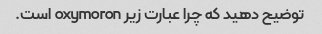
توضیح دهید که چرا عبارت زیر oxymoron است.